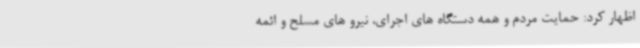
اظهار کرد: حمایت مردم و همه دستگاه های اجرای، نیرو های مسلح و ائمه